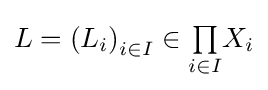
L=\left(L_{i}\right)_{i\in I}\in {\textstyle \prod \limits _{i\in I}}X_{i}